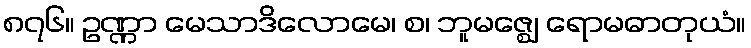
၈၇၆။ ဥဏ္ဏာ မေသာဒိလောမေ၊ စ၊ ဘူမဇ္ဈေ ရောမဓာတုယံ။